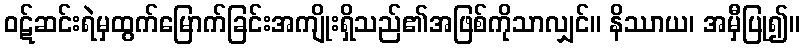
ဝဋ်ဆင်းရဲမှထွက်မြောက်ခြင်းအကျိုးရှိသည်၏အဖြစ်ကိုသာလျှင်။ နိဿာယ၊ အမှီပြု၍။